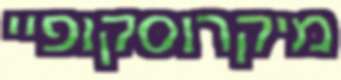
מיקרוסקופיי